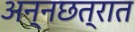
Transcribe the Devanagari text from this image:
अन्नछत्रात